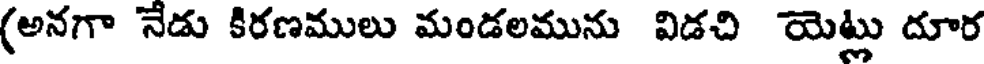
(అనగా నేడు కిరణములు మండలమును విడచి యెట్లు దూర